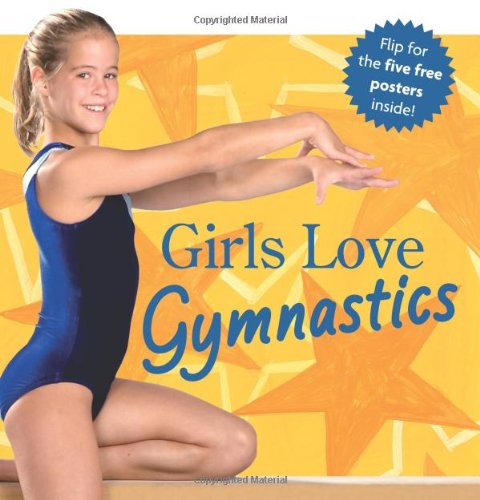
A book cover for Girls Love Gymnastics (American Girl Library); American Girl; Children's Books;